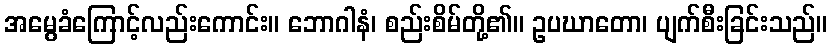
အမွေခံကြောင့်လည်းကောင်း။ ဘောဂါနံ၊ စည်းစိမ်တို့၏။ ဥပဃာတော၊ ပျက်စီးခြင်းသည်။